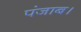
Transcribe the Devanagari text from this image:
पंजाब।